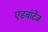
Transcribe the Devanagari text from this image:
एडवांटेंज